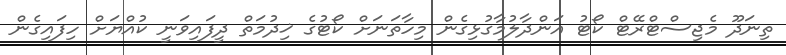
ތިނަދޫ މެޖިސްޓްރޭޓް ކޯޓު އަންދާލުމާގުޅިގެން މިހާތަނަށް ކޯޓުގެ ޚިދުމަތް ދީފައިވަނީ ކުއްޔަށް ހިފައިގެން